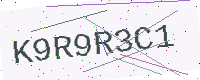
Text: K9R9R3C1